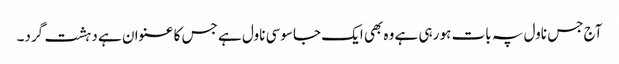
آج جس ناول پہ بات ہو رہی ہے وہ بھی ایک جاسوسی ناول ہے جس کا عنوان ہے دہشت گرد۔